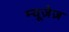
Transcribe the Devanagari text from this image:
म्यूज़ेज़